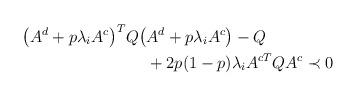
LaTeX: \begin{align*}\begin{aligned} \big(A^d + p \lambda_i A^c\big)^T Q \big(&A^d + p \lambda_i A^c\big) - Q \\ &+ 2p(1-p) \lambda_i A^{cT} Q A^c \prec 0 \end{aligned}\end{align*}